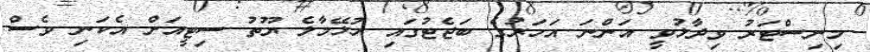
މިނިސްޓަރު ވިދާޅުވީ އަންނަ އަހަރުގެ ބަޖެޓުގައި ހުޅޭމާލެ ޔޫތު ސިޓީއަށް އެކަނި ވެސް